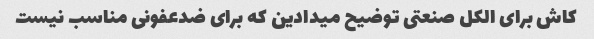
کاش برای الکل صنعتی توضیح میدادین که برای ضدعفونی مناسب نیست